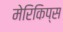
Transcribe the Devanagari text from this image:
मेरिकिप्स